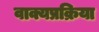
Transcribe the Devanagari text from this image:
वाक्यप्रक्रिया